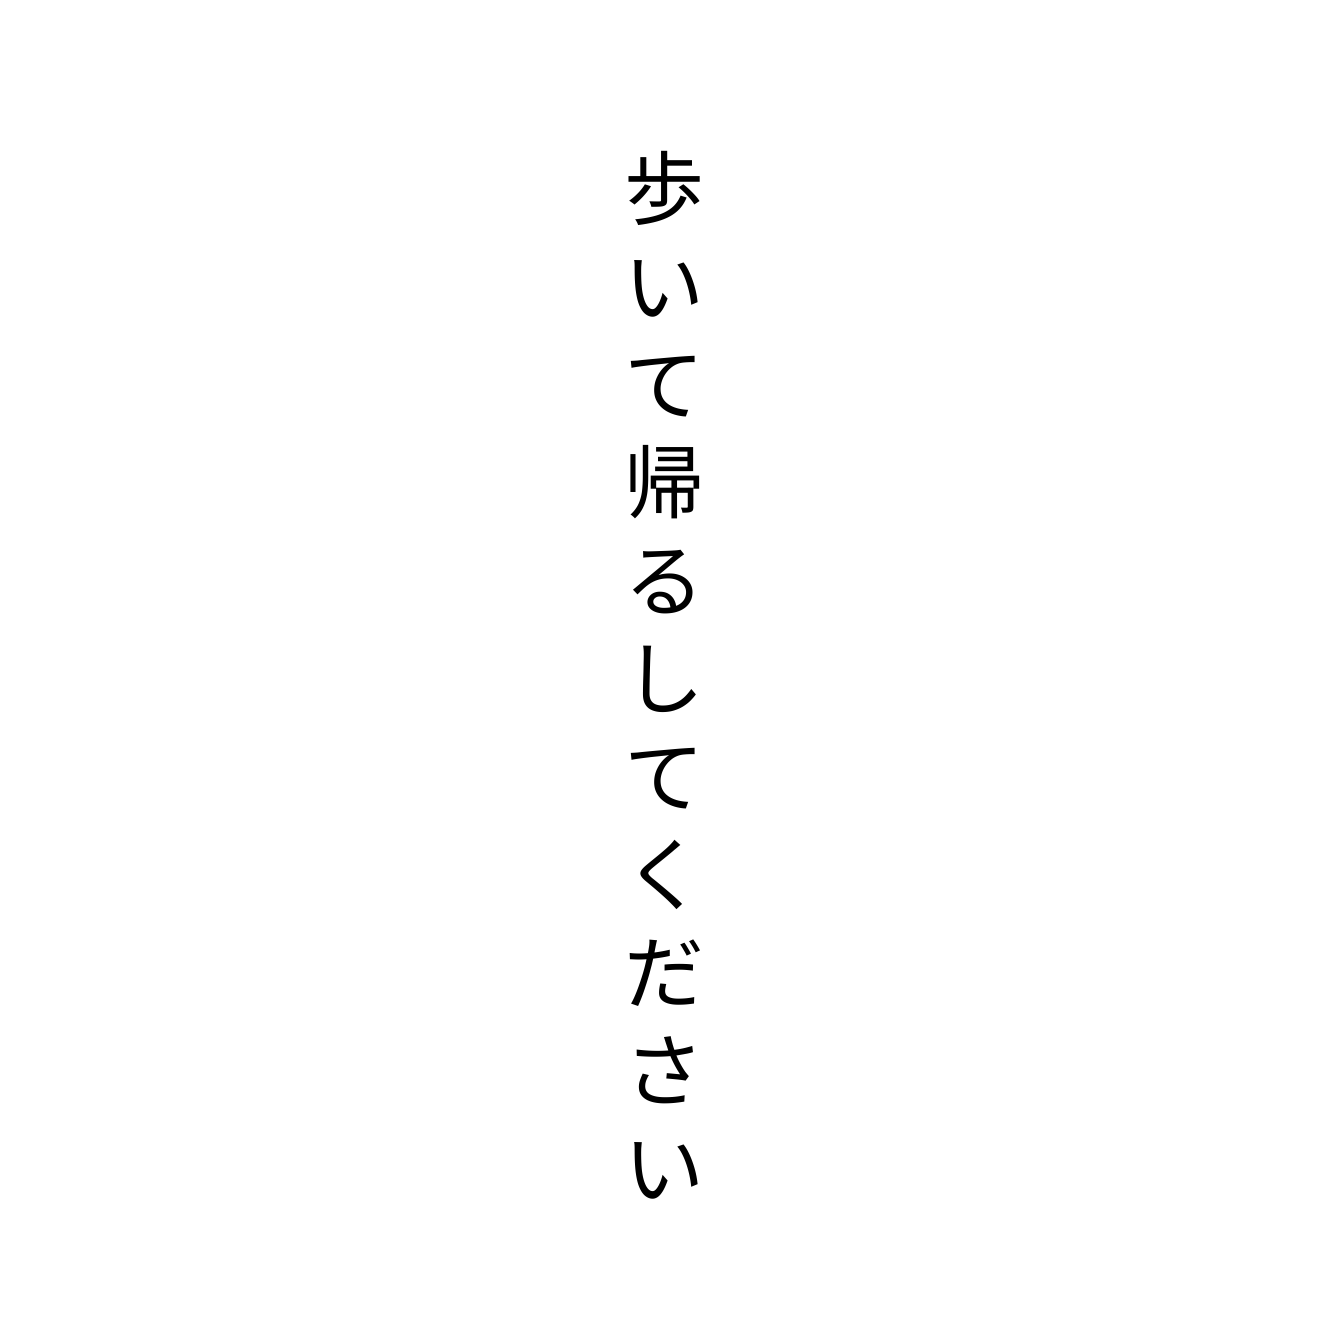
歩いて帰るしてください